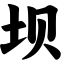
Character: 坝